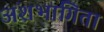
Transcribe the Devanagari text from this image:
अंशभागिता